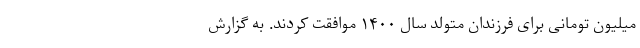
میلیون تومانی برای فرزندان متولد سال ۱۴۰۰ موافقت کردند. به گزارش